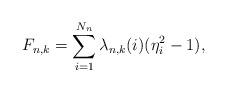
LaTeX: \begin{align*}F_{n,k}=\sum_{i=1}^{N_n}\lambda_{n,k}(i)(\eta_i^2-1),\end{align*}